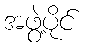
အဖွဲ့ပိုင်